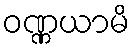
ဝဏ္ဏယာမိ